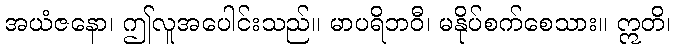
အယံဇနော၊ ဤလူအပေါင်းသည်။ မာပရိဘဝီ၊ မနိုပ်စက်စေသား။ ဣတိ၊